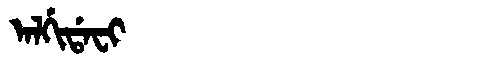
Manchu: ᠠᠯᡤᡳᡩᠠᠸᡳ
Romanization: ALGIDAFI